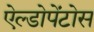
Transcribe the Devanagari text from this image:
ऐल्डोपेंटोस